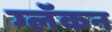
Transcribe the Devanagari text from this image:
ग्लॅकन